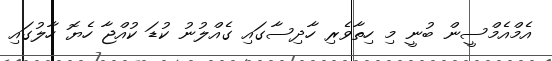
އެމްއެމްސީން ބުނީ މި ހިތާވެރި ހާދިސާގައި ގެއްލުނު ކުޑަ ކުއްޖާ ހެޔޮ ހާލުގައި